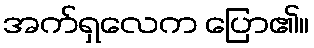
အက်ရှလေက ပြော၏။